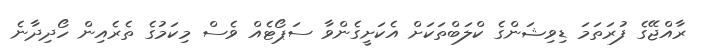
ރާއްޖޭގެ ފުރަތަމަ ޑިވިޝަންގެ ކްލަބްތަކަށް އެކަށީގެންވާ ސަޕޯޓެއް ވެސް މިކަމުގެ ތެރެއިން ހޯދިދާނެ